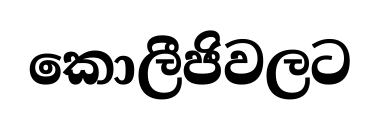
කොලීජිවලට